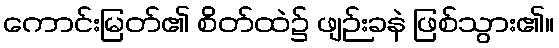
ကောင်းမြတ်၏ စိတ်ထဲ၌ ဖျဉ်းခနဲ ဖြစ်သွား၏။